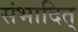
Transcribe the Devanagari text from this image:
संभादित्